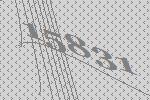
15831